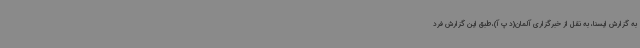
به گزارش ایسنا، به نقل از خبرگزاری آلمان(د پ آ)،طبق این گزارش فرد